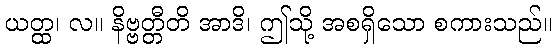
ယတ္ထ၊ လ။ နိဗ္ဗတ္တီတိ အာဒိ၊ ဤသို့ အစရှိသော စကားသည်။